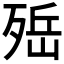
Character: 𣨡